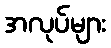
အလုပ်များ